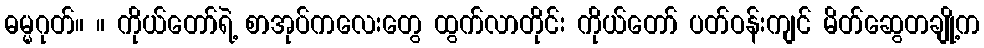
ဓမ္မဂုတ်။ ။ ကိုယ်တော်ရဲ့ စာအုပ်ကလေးတွေ ထွက်လာတိုင်း ကိုယ်တော် ပတ်ဝန်းကျင် မိတ်ဆွေတချို့က